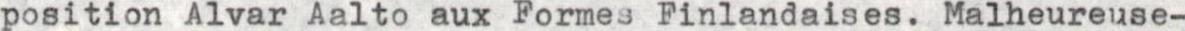
position Alvar Aalto aux Formes Finlandaises. Malheureuse-